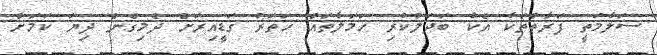
ސަލާމަތީ ފަރާތްތަކާ އެކު ބަދަލުކުރި ހަމަލާތައް ހަތަރު ގަޑީއިރަށް ދެމިގެން ދިޔަ ކަމަށް